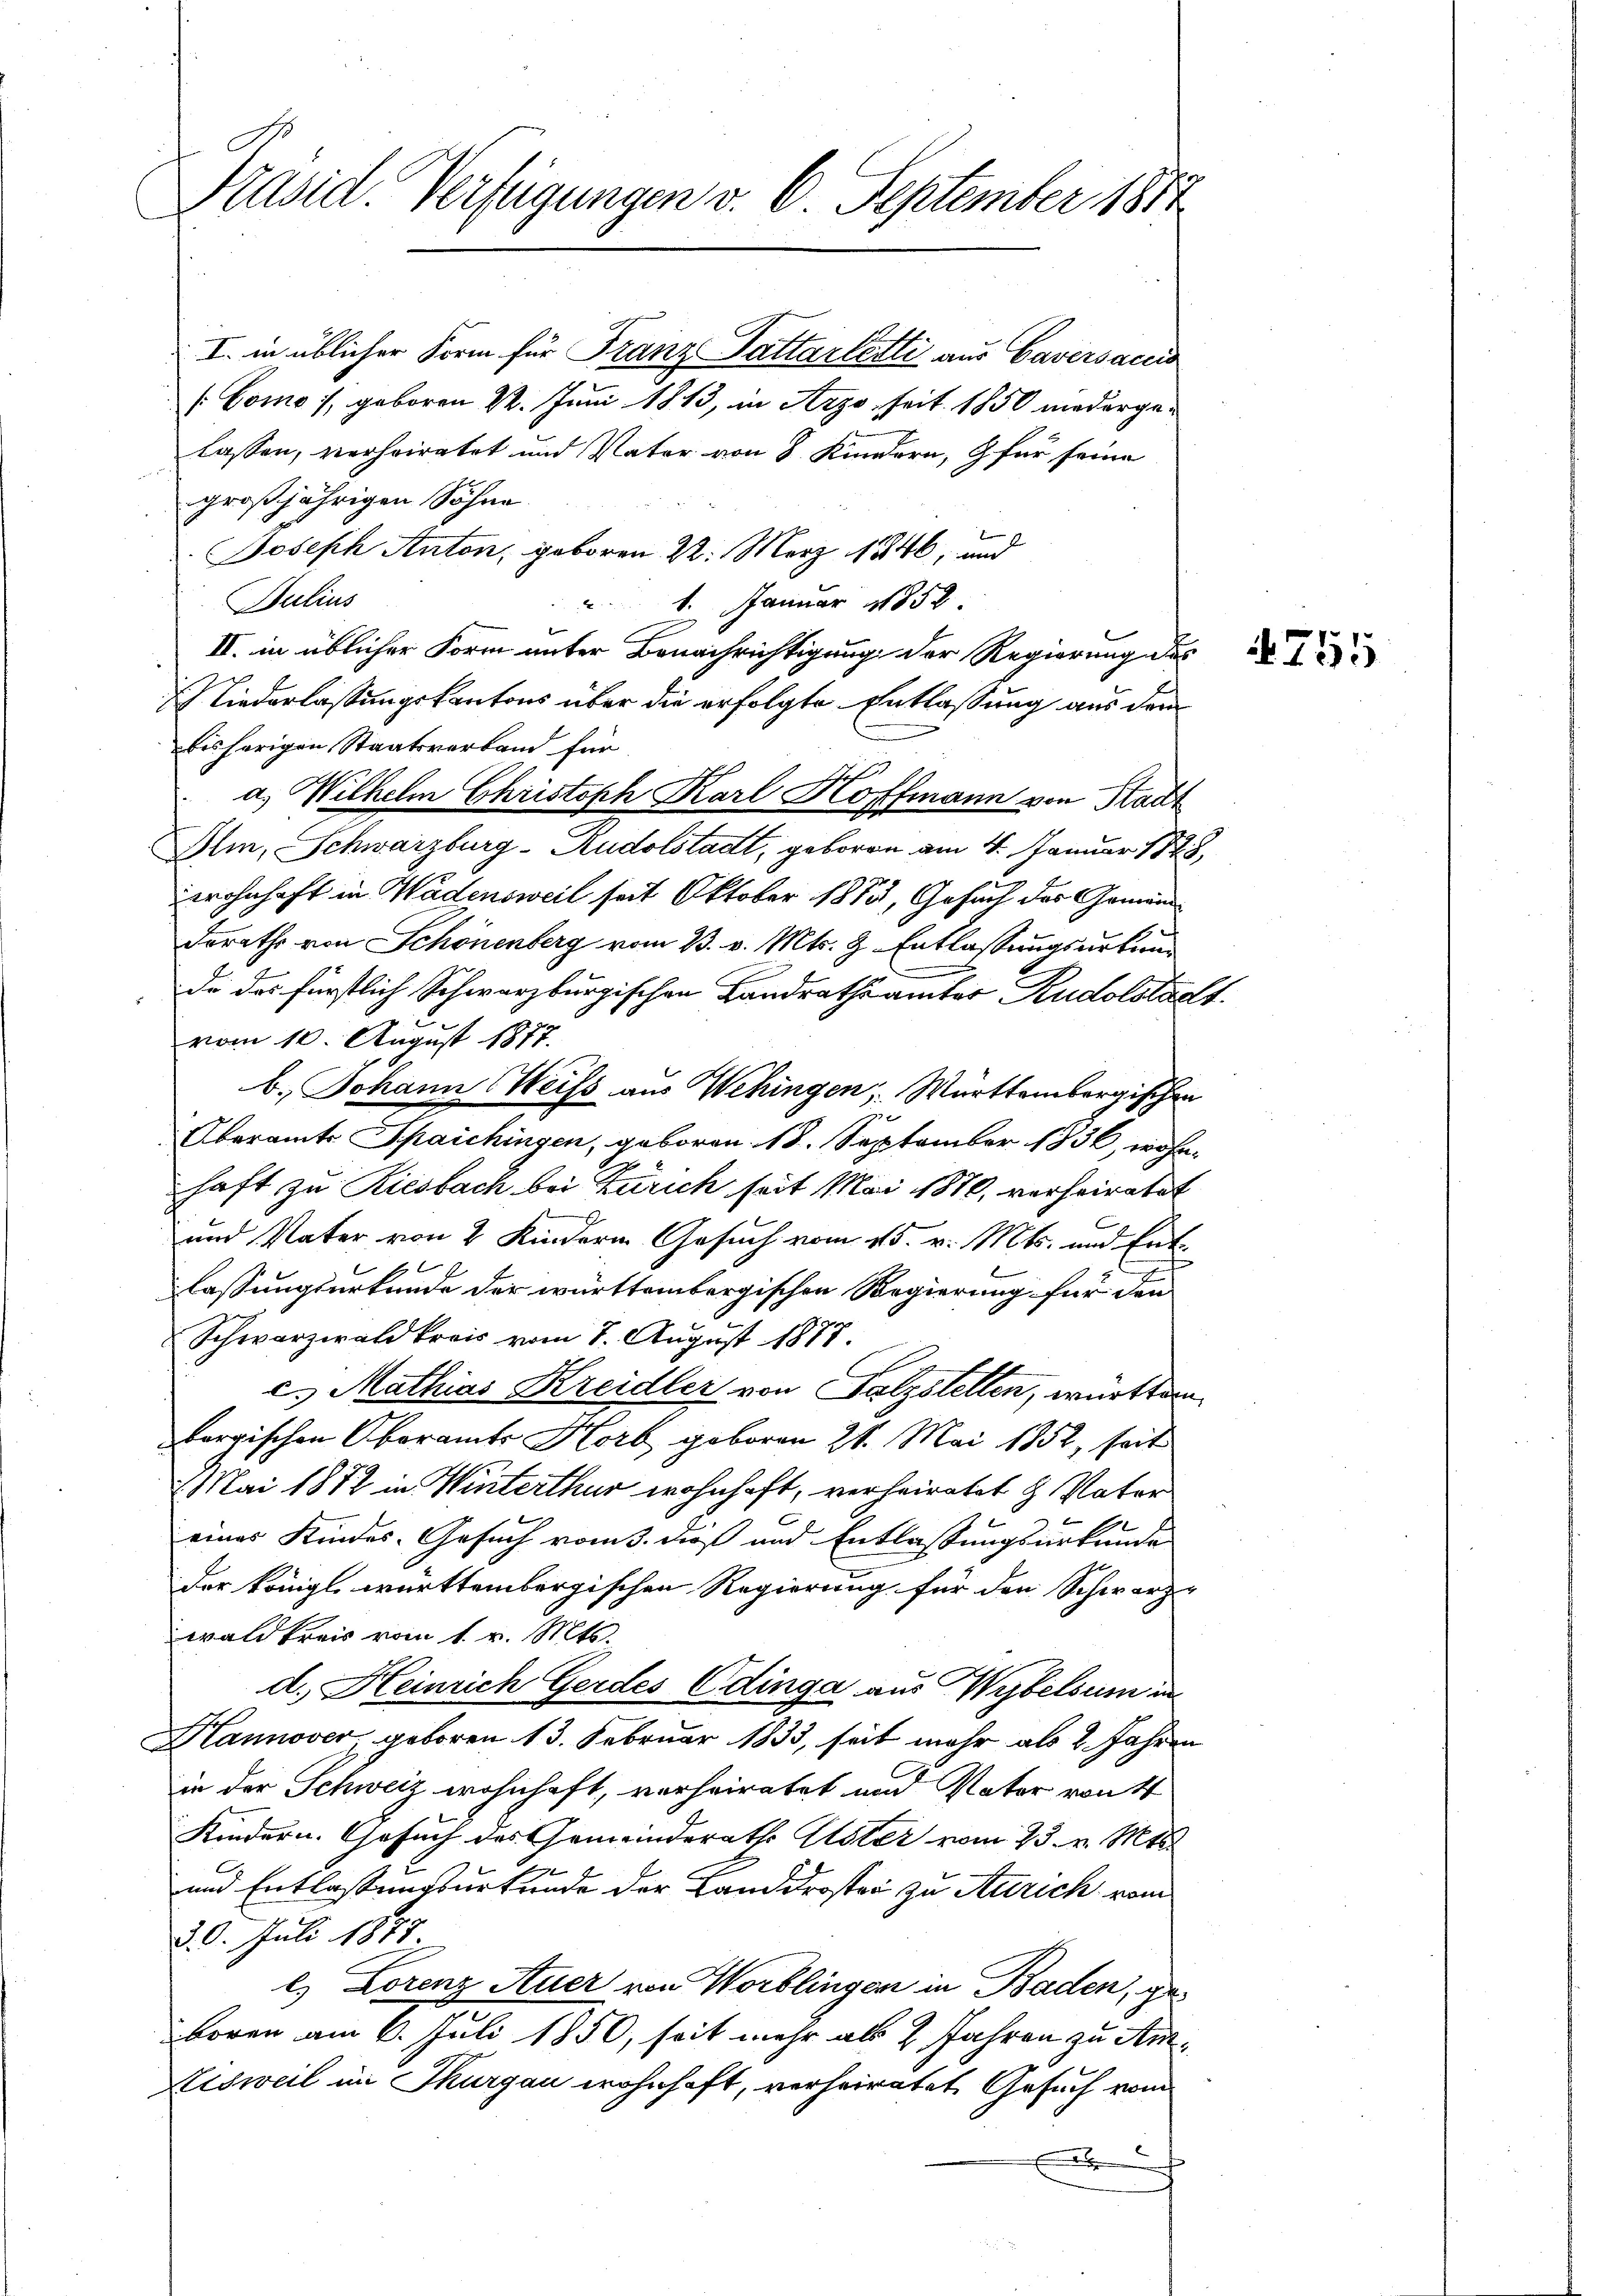
Präsid. Verfügungen v. 6. September 1871

I. in üblicher Form für Franz Pattartetti aus Caversaccis
(Gomo:/, geboren 22. Juni 1813, in Arzo, seit 1850 niedergelassen, verheiratet und Vater von 8 Kundern, für seine
großjährigen Söhne
b
Joseph Anton, geboren 22. März 1846, und
Julius
1. Januar 1858
II. in üblicher Form unter Benachrichtigung der Regierung des
Niederlassungskantons über die erfolgte Entlassung aus dem
bisherigen Staatsverband für
a. Wilhelm Christoph Karl Hoffmann von Stadt
Ili, Schwarzburg-Rudolstadt, geboren am 4. Januar 1848,
wohnhaft in Wadensweil seit Oktober 1883, Gesuch das Gemeind
Dorathe von Schönenberg vom 23. v. Mts. Z. Entlassungsurkunde des fürstlich Schwarzburgischen Landrathsamter Rudolstadt.
vom 10. August 1877.
b. Johann Weiss aus Wehingen, Württembergischen
Oberamts Spaichingen, geboren. 18. September 1836, wohn-
haft zu Riesbach bei Zürich seit Mai 1870, verheiratet
und Vater von 2 Kindern Gesuch vom 15. v. Mts. und Entlassungsurkunde der württembergischen Regierung für den
Schwarzwald kreis vom 8. August 1877.
c. Mathias Kreidler von Falzstellen, württem
bergischen Oberamt Horb geboren 21. Mai 1852, seit
Mai 1872 in Winterthur wohnhaft, verheiratet u. Vater
eines Kindes-Gesuch vom 3. dieß und Entlassungsurkunde
Der Königl württembergischen Regierung für den Schwarz-
wald kreis vom 1. v. Mts.
d. Heinrich Gerdes Edinga aus Wybelsum in
Hannover geboren 13. Februar 1833, seit mehr als 2 Jahren
in der Schweiz wohnhaft, verheiratet und Vater von k
Kindern. Gesuch des Gemeinderath Uster vom 23. v. Mts.
7
und Entlassungsurkunde der Landdroster zu Anrich, vom
30. Juli 1873
l) Lorenz Auer von Worblingen in Baden, geboren am 6. Juli 1850, seit mehr als 2 Jahren zu Am¬
Nisweil im Thurgau wohnhaft, verheiratet Gesuch vom
.

755